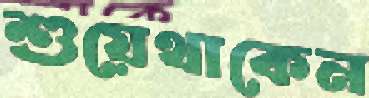
শুয়েথাকেন